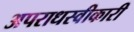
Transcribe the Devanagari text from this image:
अपराधस्वीकारी